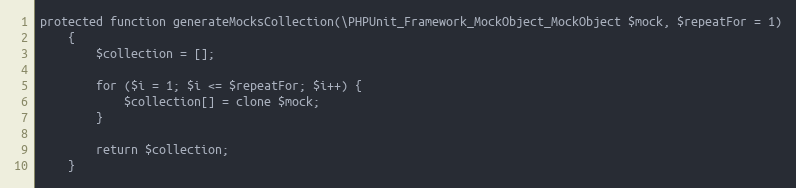
Language: PHP
protected function generateMocksCollection(\PHPUnit_Framework_MockObject_MockObject $mock, $repeatFor = 1)
    {
        $collection = [];

        for ($i = 1; $i <= $repeatFor; $i++) {
            $collection[] = clone $mock;
        }

        return $collection;
    }